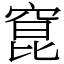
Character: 窤